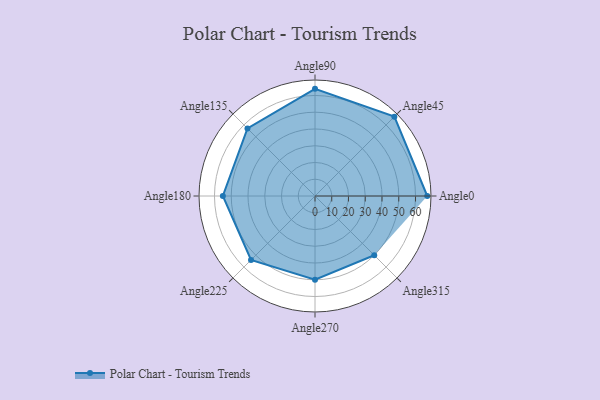
{"axis": {"x": "Angle", "y": "Radius"}, "legend": [""], "data": [{"x": "Angle0", "y": 67.0, "type": ""}, {"x": "Angle45", "y": 67.0, "type": ""}, {"x": "Angle90", "y": 64.0, "type": ""}, {"x": "Angle135", "y": 57.0, "type": ""}, {"x": "Angle180", "y": 55.0, "type": ""}, {"x": "Angle225", "y": 54.0, "type": ""}, {"x": "Angle270", "y": 50, "type": ""}, {"x": "Angle315", "y": 50, "type": ""}]}